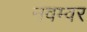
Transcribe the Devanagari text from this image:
नवम्‍वर